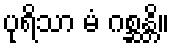
ပုရိသာ မံ ဂစ္ဆန္တိ။